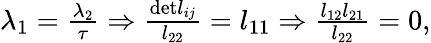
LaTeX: \begin{array}{r}{\lambda_{1}=\frac{\lambda_{2}}{\tau}\Rightarrow\frac{\textrm{det}l_{ij}}{l_{22}}=l_{11}\Rightarrow\frac{l_{12}l_{21}}{l_{22}}=0,}\end{array}